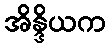
အိန္ဒိယက